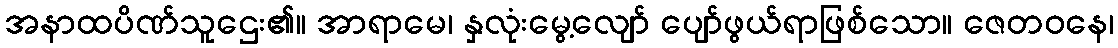
အနာထပိဏ်သူဌေး၏။ အာရာမေ၊ နှလုံးမွေ့လျော် ပျော်ဖွယ်ရာဖြစ်သော။ ဇေတဝနေ၊